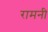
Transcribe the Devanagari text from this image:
रामनी